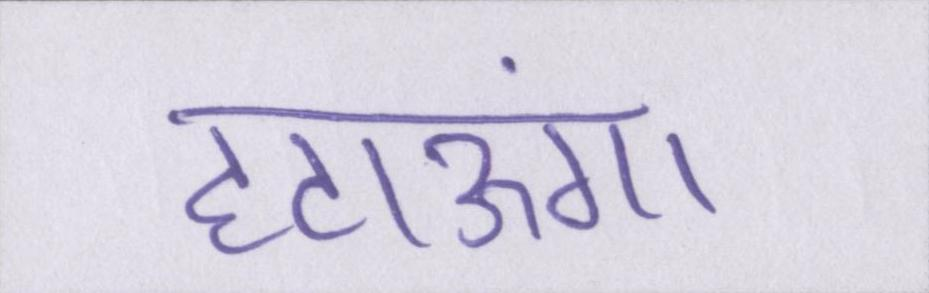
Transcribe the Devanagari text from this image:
हटाऊंगा